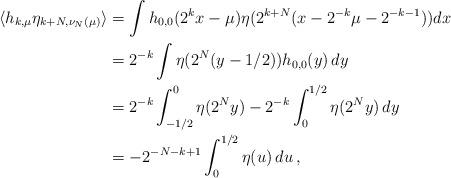
LaTeX: \begin{align*}\langle h_{k,\mu} \eta_{k+N,\nu_N(\mu)}\rangle &=\int h_{0,0}(2^k x-\mu) \eta(2^{k+N}( x- 2^{-k}\mu-2^{-k-1})) dx\\&=2^{-k}\int\eta(2^N(y-1/2))h_{0,0}(y)\,dy\\&=2^{-k}\int_{-1/2}^0 \eta(2^Ny)-2^{-k}\int_0^{1/2}\eta(2^Ny)\,dy\\&=-2^{-N-k+1}\int_0^{1/2}\eta(u)\,du\,,\end{align*}